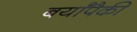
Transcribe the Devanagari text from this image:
बर्यांपैकी